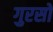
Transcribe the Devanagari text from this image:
गुरसों